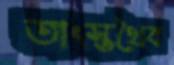
তাংস্তথৈব